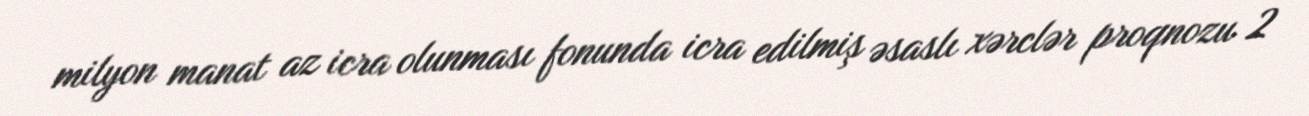
milyon manat az icra olunması fonunda icra edilmiş əsaslı xərclər proqnozu 2